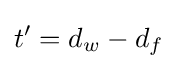
t'=d_{w}-d_{f}\,\!